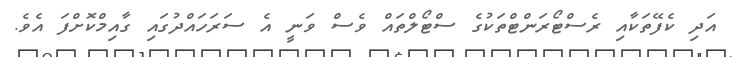
އަދި ކެފޭތަކާއި ރެސްޓޯރަންޓްތަކުގެ ސްޓޯލްތައް ވެސް ވަނީ އެ ސަރަހައްދުގައި ގާއިމްކޮށްފަ އެވެ.